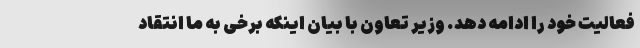
فعالیت خود را ادامه دهد. وزیر تعاون با بیان اینکه برخی به ما انتقاد